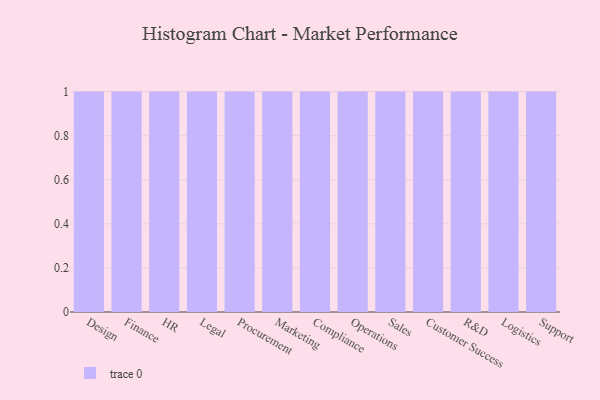
{"axis": {"x": "Department", "y": "Tickets Resolved"}, "legend": [""], "data": [{"x": "Design", "y": 92, "type": ""}, {"x": "Finance", "y": 57, "type": ""}, {"x": "HR", "y": 39, "type": ""}, {"x": "Legal", "y": 22, "type": ""}, {"x": "Procurement", "y": 67, "type": ""}, {"x": "Marketing", "y": 37, "type": ""}, {"x": "Compliance", "y": 89, "type": ""}, {"x": "Operations", "y": 45, "type": ""}, {"x": "Sales", "y": 58, "type": ""}, {"x": "Customer Success", "y": 24, "type": ""}, {"x": "R&D", "y": 56, "type": ""}, {"x": "Logistics", "y": 86, "type": ""}, {"x": "Support", "y": 21, "type": ""}]}